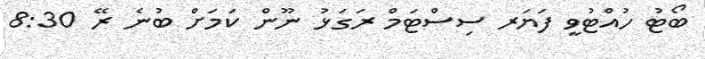
ބޯޓު ހުއްޓުވީ ފަޔަރ ސިސްޓަމް ރަގަޅު ނޫން ކަމަށް ބުނެ ރޭ 8:30